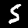
Label: 5